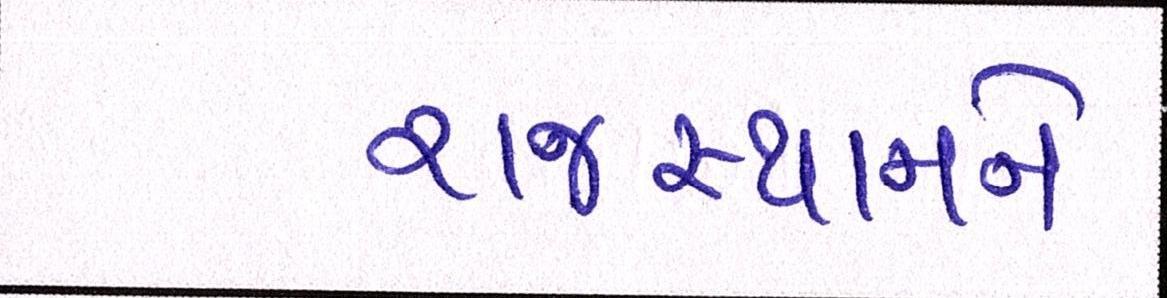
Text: રાજસ્થાનને